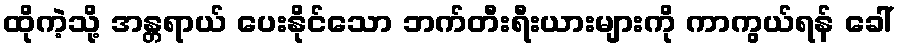
ထိုကဲ့သို့ အန္တရာယ် ပေးနိုင်သော ဘက်တီးရီးယားများကို ကာကွယ်ရန် ခေါ်